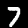
Label: 7